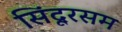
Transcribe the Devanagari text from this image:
सिंदूरसम